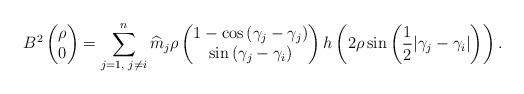
LaTeX: \begin{align*} B^{2}\begin{pmatrix} \rho\\ 0 \end{pmatrix}&=\sum\limits_{j=1,\textrm{ }j\neq i}^{n}\widehat{m}_{j}\rho\begin{pmatrix} 1-\cos{(\gamma_{j}-\gamma_{j})}\\ \sin{(\gamma_{j}-\gamma_{i})} \end{pmatrix}h\left(2\rho\sin\left(\frac{1}{2}|\gamma_{j}-\gamma_{i}|\right)\right). \end{align*}